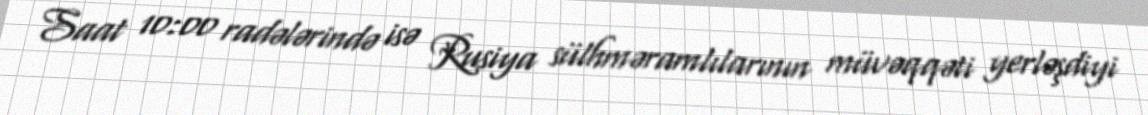
Saat 10:00 radələrində isə Rusiya sülhməramlılarının müvəqqəti yerləşdiyi